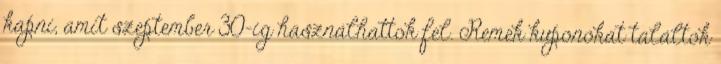
kapni, amit szeptember 30-ig használhattok fel. Remek kuponokat találtok